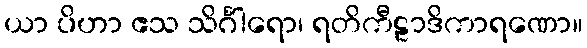
ယာ ပိဟာ ဧသ သိင်္ဂါရော၊ ရတိကီဠာဒိကာရဏော။